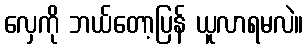
လှေကို ဘယ်တော့ပြန် ယူလာရမလဲ။